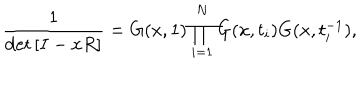
LaTeX: \frac { 1 } { \det \left[ I - x R \right] } = G ( x , 1 ) \prod _ { i = 1 } ^ { N } G ( x , t _ { i } ) G ( x , t _ { i } ^ { - 1 } ) ,